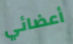
أعضائي